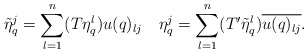
\begin{align*}\tilde{\eta}_q^j=\sum_{l=1}^n(T\eta_q^l)u(q)_{lj}\quad\eta_q^j=\sum_{l=1}^n(T'\tilde{\eta}_q^l)\overline{u(q)_{lj}}.\end{align*}